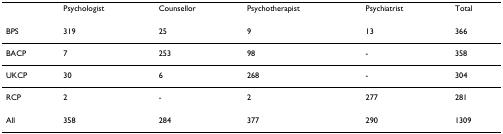
<table><thead><tr><td></td><td><b>Psychologist</b></td><td><b>Counsellor</b></td><td><b>Psychotherapist</b></td><td><b>Psychiatrist</b></td><td><b>Total</b></td></tr></thead><tbody><tr><td>BPS</td><td>319</td><td>25</td><td>9</td><td>13</td><td>366</td></tr><tr><td>BACP</td><td>7</td><td>253</td><td>98</td><td>-</td><td>358</td></tr><tr><td>UKCP</td><td>30</td><td>6</td><td>268</td><td>-</td><td>304</td></tr><tr><td>RCP</td><td>2</td><td>-</td><td>2</td><td>277</td><td>281</td></tr><tr><td>All</td><td>358</td><td>284</td><td>377</td><td>290</td><td>1309</td></tr></tbody></table>